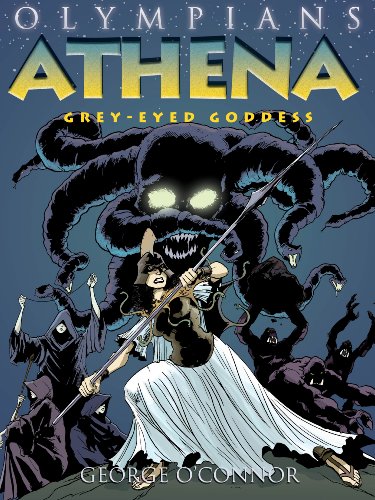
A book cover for Athena: Grey-Eyed Goddess (Olympians); George O'Connor; Children's Books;